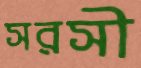
সরসী